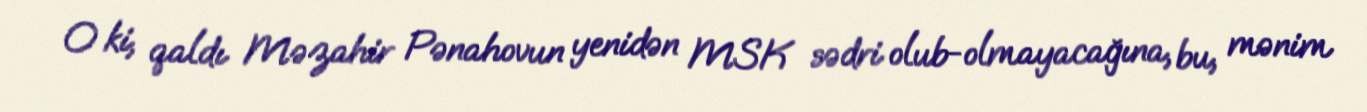
O ki, qaldı Məzahir Pənahovun yenidən MSK sədri olub-olmayacağına, bu, mənim